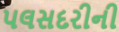
પલસદરીની